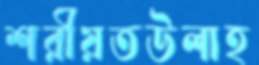
শরীয়তউলাহ